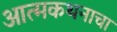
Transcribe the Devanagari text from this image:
आत्मकथनाचा